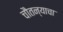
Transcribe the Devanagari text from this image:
चौतन्याचा